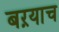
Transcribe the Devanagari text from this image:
बऱयाच